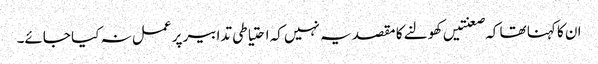
ان کا کہنا تھا کہ صعنتیں کھولنے کا مقصد یہ نہیں کہ احتیاطی تدابیر پر عمل نہ کیا جائے۔